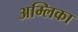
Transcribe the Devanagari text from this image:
अम्लिका